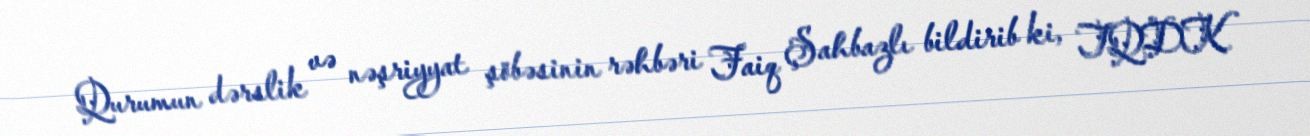
Qurumun dərslik və nəşriyyat şöbəsinin rəhbəri Faiq Şahbazlı bildirib ki, TQDK